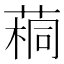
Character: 𫈷